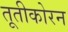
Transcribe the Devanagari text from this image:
तूतीकोरन